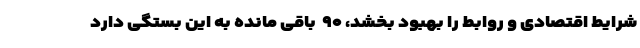
شرایط اقتصادی و روابط را بهبود بخشد، ۹۰  باقی مانده به این بستگی دارد